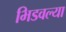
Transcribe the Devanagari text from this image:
भिडवल्या